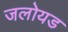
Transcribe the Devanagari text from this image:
जलोयड